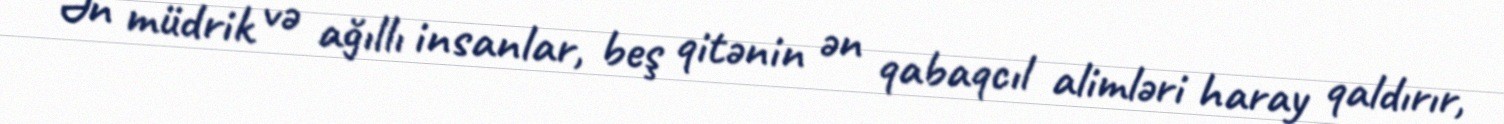
Ən müdrik və ağıllı insanlar, beş qitənin ən qabaqcıl alimləri haray qaldırır,